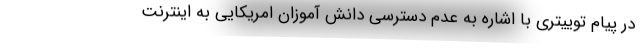
در پیام توییتری با اشاره به عدم دسترسی دانش آموزان امریکایی به اینترنت